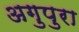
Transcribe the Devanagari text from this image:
अगुपुरा